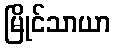
မြိုင်သာယာ